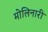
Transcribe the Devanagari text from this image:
मोलिनारी